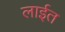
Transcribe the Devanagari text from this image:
लाईत